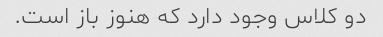
دو کلاس وجود دارد که هنوز باز است.